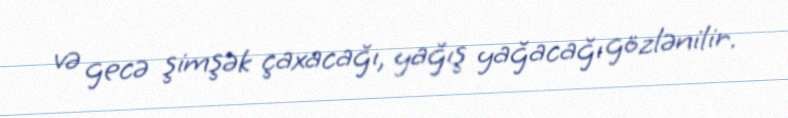
və gecə şimşək çaxacağı, yağış yağacağı gözlənilir.